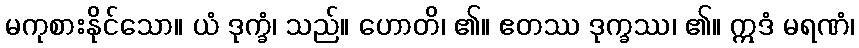
မကုစားနိုင်သော။ ယံ ဒုက္ခံ၊ သည်။ ဟောတိ၊ ၏။ ဧတဿ ဒုက္ခဿ၊ ၏။ ဣဒံ မရဏံ၊